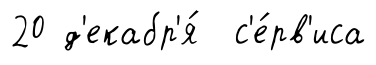
20 д'екабр'я́ с'е́рв'иса